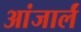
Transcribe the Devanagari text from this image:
आंजार्लं